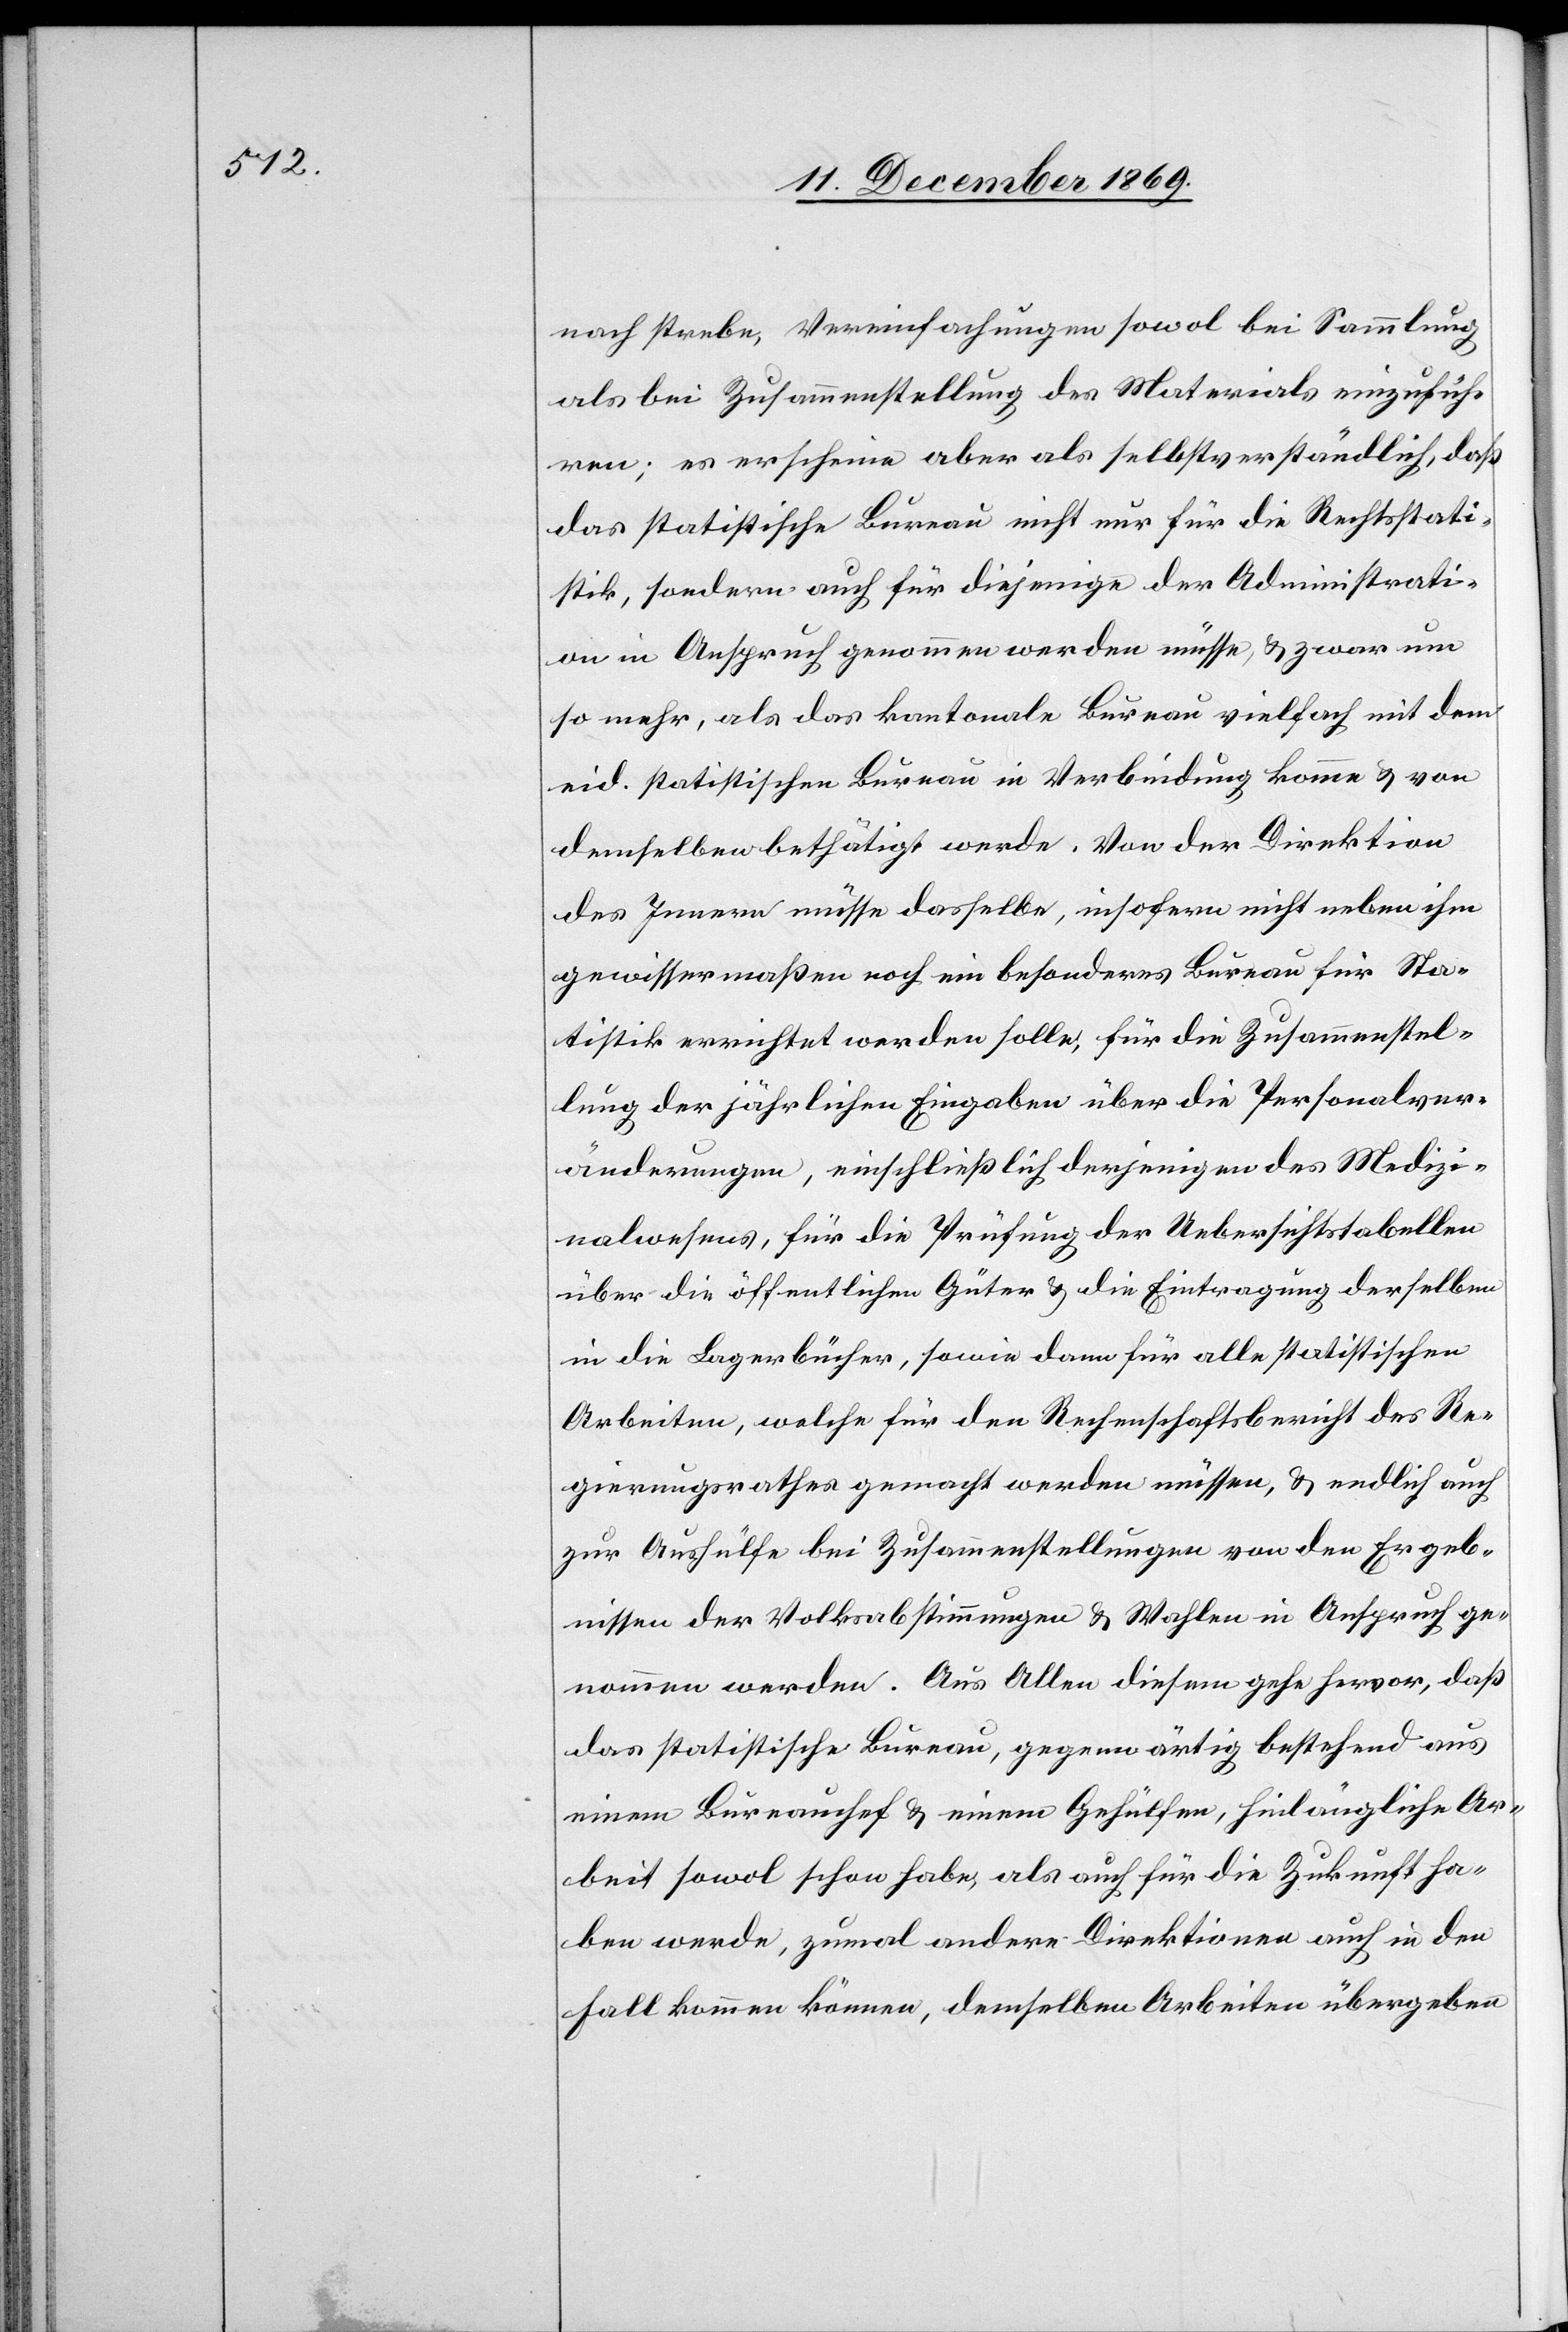
nach strebe, Vereinfachungen sowol bei Sammlung
als bei Zusammenstellung des Materials einzufüh¬
ren; es erscheine aber als selbstverständlich, daß
das statistische Bureau nicht nur für die Rechtsstati¬
stik, sondern auch für diejenige der Administrati¬
on in Anspruch genommen werden müsse, & zwar um
so mehr, als das kantonale Bureau vielfach mit dem
eid. statistischen Bureau in Verbindung komme & von
demselben bethätigt werde. Von der Direktion
des Innern müsse dasselbe, insofern nicht neben ihm
gewissermaßen noch ein besonderes Bureau für Sta¬
tistik errichtet werden solle, für die Zusammenstel¬
lung der jährlichen Eingaben über die Personalver¬
änderungen, einschließlich derjenigen des Medizi¬
nalwesens, für die Prüfung der Uebersichtstabellen
über die öffentlichen Güter & die Eintragung derselben
in die Lagerbücher, sowie dann für alle statistischen
Arbeiten, welche für den Rechenschaftsbericht des Re¬
gierungsrathes gemacht werden müssen, & endlich auch
zur Aushülfe bei Zusammenstellungen von den Ergeb¬
nissen der Volksabstimmungen & Wahlen in Anspruch ge¬
nommen werden. Aus Allen diesem gehe hervor, daß
das statistische Bureau, gegenwärtig bestehend aus
einem Bureauchef & einem Gehülfen, hinlängliche Ar¬
beit sowol schon habe, als auch für die Zukunft ha¬
ben werde, zumal andere Direktionen auch in den
Fall kommen können, demselben Arbeiten übergeben